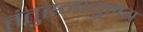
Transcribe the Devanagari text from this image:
तंतुस्नायुमय